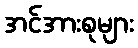
အင်အားစုများ